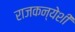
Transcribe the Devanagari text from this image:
राजकन्येशीं